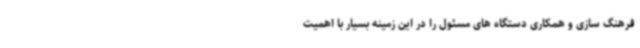
فرهنگ سازی و همکاری دستگاه های مسئول را در این زمینه بسیار با اهمیت